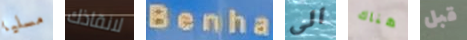
مسليا لانقاذك Benha الى هناك قبل